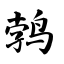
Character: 鹁